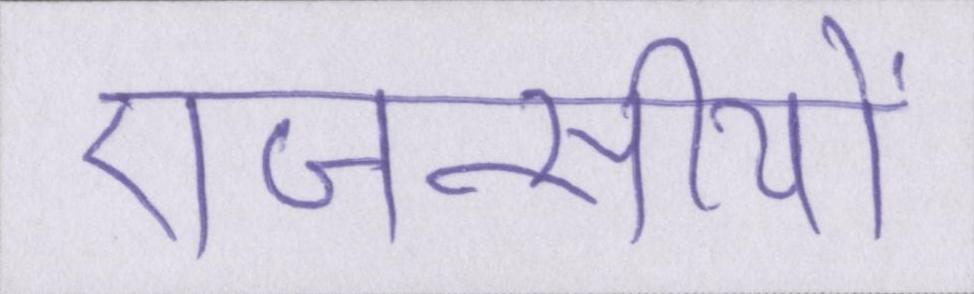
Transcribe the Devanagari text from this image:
एजन्सीयों